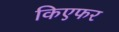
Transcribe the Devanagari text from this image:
किएफर